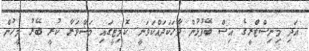
އަދި މިނިސްޓްރީގެ އިސް ބޭފުޅުން ވާހަކަދައްކަވަނީ. ކޮމިޓީގައި މަޝްވަރާ ކުރީ ބޭރު މީހުން